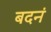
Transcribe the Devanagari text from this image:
बदनं